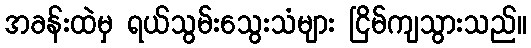
အခန်းထဲမှ ရယ်သွမ်းသွေးသံများ ငြိမ်ကျသွားသည်။